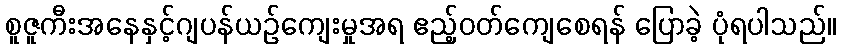
စူဇူကီးအနေနှင့်ဂျပန်ယဉ်ကျေးမှုအရ ဧည့်ဝတ်ကျေစေရန် ပြောခဲ့ ပုံရပါသည်။